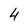
Character: 4